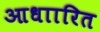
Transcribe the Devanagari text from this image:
आधाारित